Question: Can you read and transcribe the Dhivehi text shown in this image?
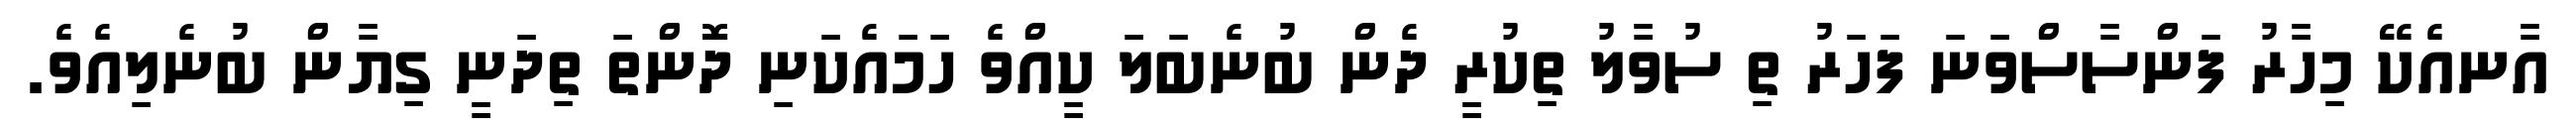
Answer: އާނއެކޭ މިހާރު ފަންސާސްވަނަ ފަހަރު ތި ސުވާލު ތިކުރީ ދެން ބުނެބަލަ ކީއްވެ ހަމައެކަނި ދޮންތަ ތިދަނީ ގިޔާން ބުނެލިއެވެ.